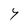
Character: Y